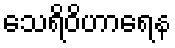
သေရိဝိဟာရေန